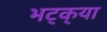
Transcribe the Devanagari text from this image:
भट्‌क्‌या